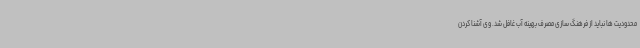
محدودیت ها نباید از فرهنگ سازی مصرف بهینه آب غافل شد. وی آشنا کردن